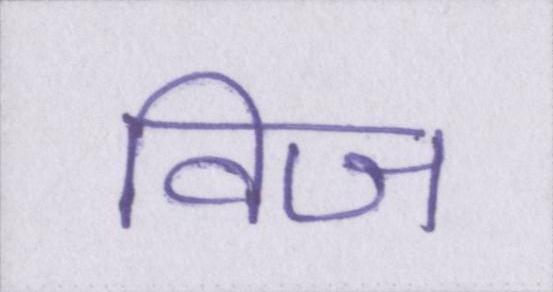
विज